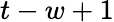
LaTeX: t-w+1